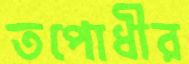
তপোধীর